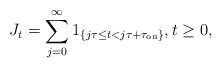
LaTeX: \begin{align*}J_t=\sum_{j=0}^\infty 1_{\{j\tau\le t<j\tau+\tau_\mathrm{on}\}},t\ge 0,\end{align*}